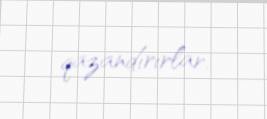
qazandırırlar.